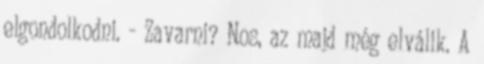
elgondolkodni. - Zavarni? Nos, az majd még elválik. A